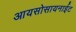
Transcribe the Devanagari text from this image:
आयसोसायनाईट